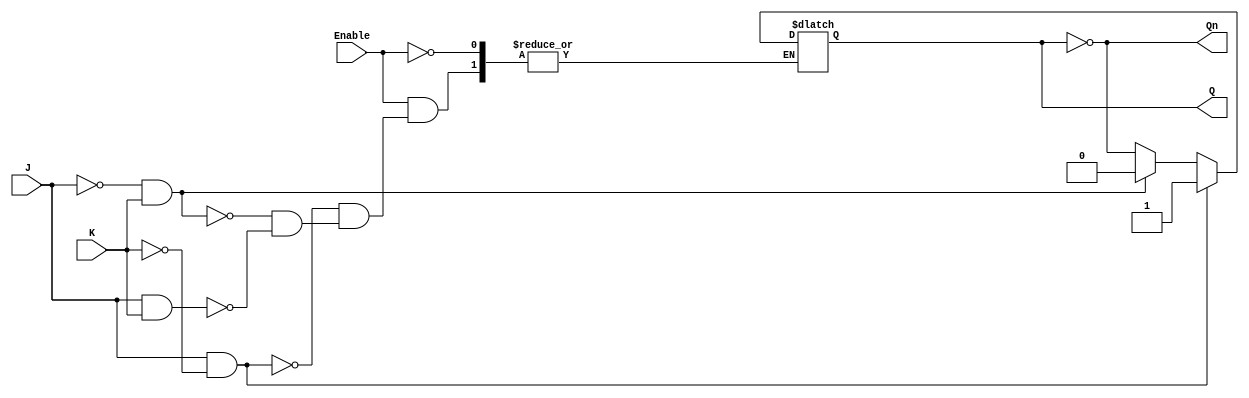
module GatedJKLatch (
    input wire J,          // Set input
    input wire K,          // Reset input
    input wire Enable,     // Control signal
    output reg Q,          // Current state output
    output wire Qn         // Inverted output
);

    assign Qn = ~Q; // Inverted output

    always @(Enable or J or K) begin
        if (Enable) begin
            if (J && ~K) begin
                Q <= 1; // Set
            end else if (~J && K) begin
                Q <= 0; // Reset
            end else if (J && K) begin
                Q <= ~Q; // Toggle
            end
            // If J = 0 and K = 0, Q retains its previous state (no action)
        end
        // If Enable is low, Q retains its previous state (no action)
    end

endmodule